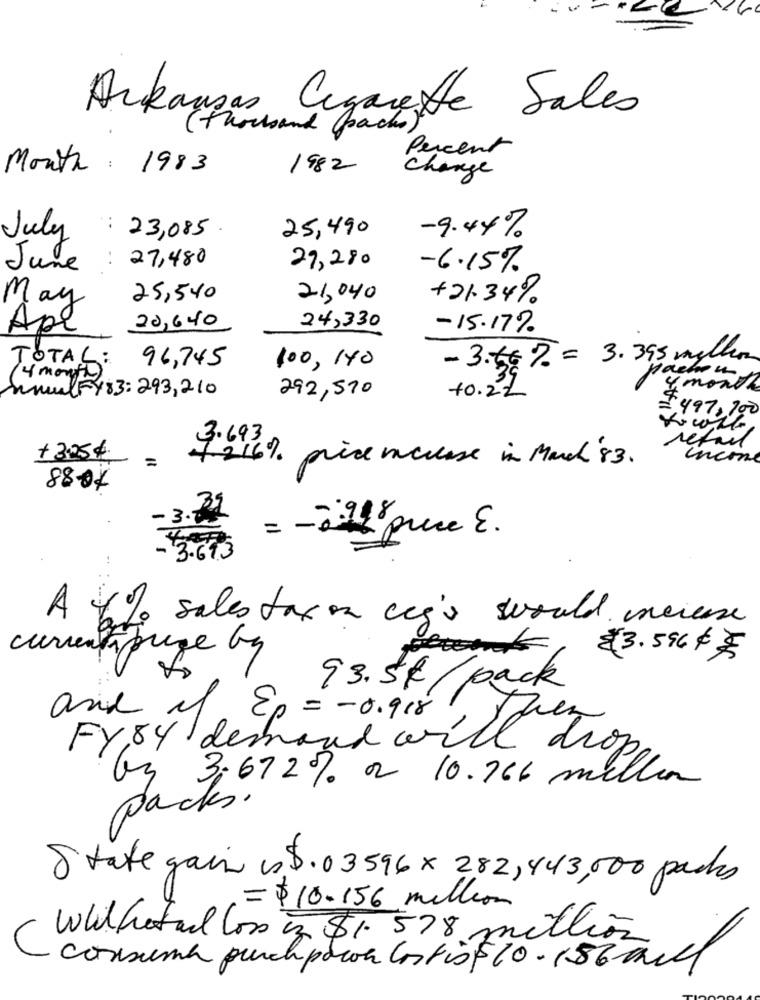
Arkansas Cigarette Sales
( thousand
Percent
Month : 1983
1982
Change
23,085.
25,490
-9.44%
July
:
27,480
June
27,280
-6.15%
May
25,540
21,040
+21.34%
24,330
20,640
-15.17%
Apr
- 3.50% = 3.395 melhor
TOTAL:
96,745
100, 140
4 month
ManuelFY83: 293, 210
292,570
+0.2%
4 month
=497, 700
3.693
+ 3.25€
retail
=
7216%
Income
price incluse in March'83 .
8804
- 3.82
= - 2:41 price E .
- 3.67.3
A 4% sales tax on ceg' swould increase
currentaprege by
₹3.596 $ $
93.5k/ pack
and of Ep = - 0.918
FY,84 demand will drop
Gs 3,672% or 10.766 million
packs.
8 tate gain us$.03596x 282, 843,000 packs
= $10.156 million
Whichretard los iz $1. 578 million
C
consuma punchpocok Costis 510- 156mill